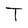
Character: T